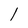
Character: l